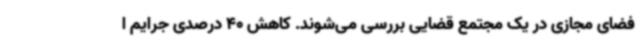
فضای مجازی در یک مجتمع قضایی بررسی می‌شوند. کاهش 40 درصدی جرایم ا